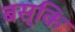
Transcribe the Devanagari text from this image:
बस्कि